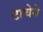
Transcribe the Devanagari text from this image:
टाचेने